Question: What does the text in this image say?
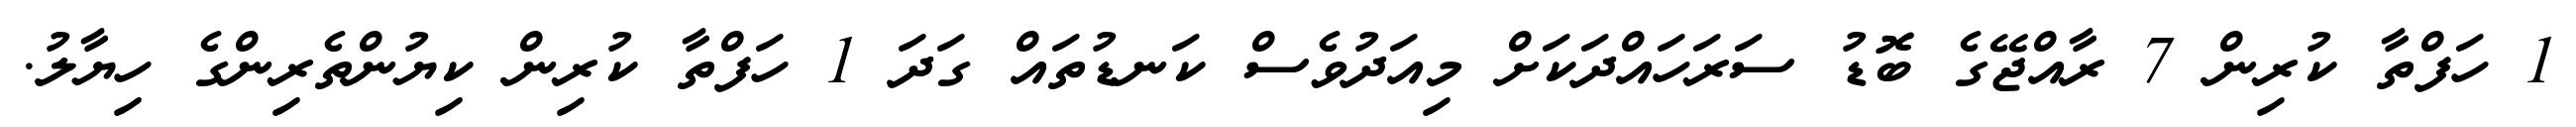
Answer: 1 ހަފްތާ ކުރިން 7 ރާއްޖޭގެ ބޮޑު ސަރަހައްދަކަށް މިއަދުވެސް ކަނޑުތައް ގަދަ 1 ހަފްތާ ކުރިން ކިޔުންތެރިންގެ ހިޔާލު.